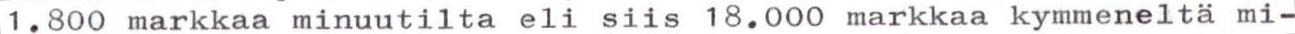
1.800 markkaa minuutilta eli siis 18.000 markkaa kymmeneltä mi-